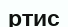
ртис